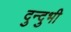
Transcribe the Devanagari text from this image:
दुन्दुभी